Indian journal of veterinary science and animal husbandry - Volume 11,
Year: 1941
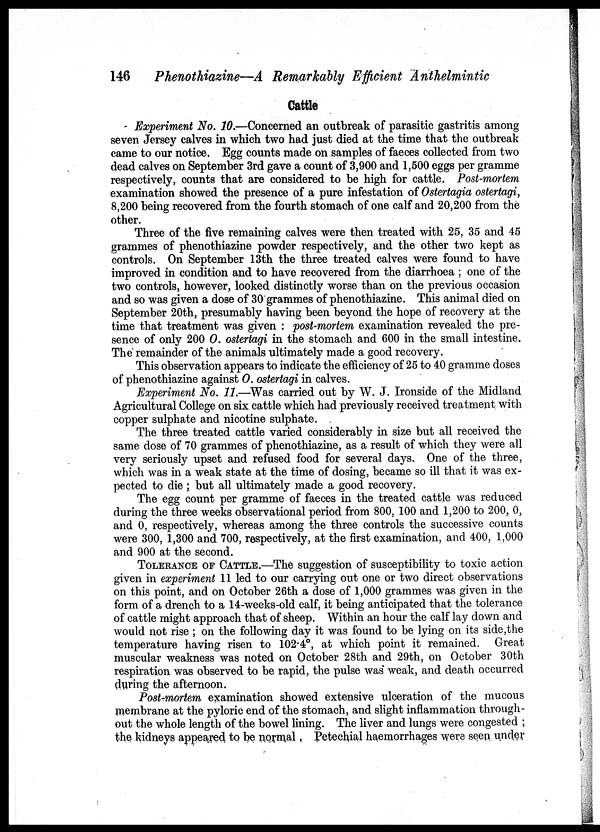
146 Phenothiazine—A Remarkably Efficient Anthelmintic
Cattle
Experiment No. 10.—Concerned an outbreak of parasitic gastritis among
seven Jersey calves in which two had just died at the time that the outbreak
came to our notice. Egg counts made on samples of faeces collected from two
dead calves on September 3rd gave a count of 3,900 and 1,500 eggs per gramme
respectively, counts that are considered to be high for cattle. Post-mortem
examination showed the presence of a pure infestation of Ostertagia ostertagi,
8,200 being recovered from the fourth stomach of one calf and 20,200 from the
other.
Three of the five remaining calves were then treated with 25, 35 and 45
grammes of phenothiazine powder respectively, and the other two kept as
controls. On September 13th the three treated calves were found to have
improved in condition and to have recovered from the diarrhoea ; one of the
two controls, however, looked distinctly worse than on the previous occasion
and so was given a dose of 30 grammes of phenothiazine. This animal died on
September 20th, presumably having been beyond the hope of recovery at the
time that treatment was given : post-mortem examination revealed the pre-
sence of only 200 O. ostertagi in the stomach and 600 in the small intestine.
The remainder of the animals ultimately made a good recovery.
This observation appears to indicate the efficiency of 25 to 40 gramme doses
of phenothiazine against O. ostertagi in calves.
Experiment No. 11.—Was carried out by W. J. Ironside of the Midland
Agricultural College on six cattle which had previously received treatment with
copper sulphate and nicotine sulphate.
The three treated cattle varied considerably in size but all received the
same dose of 70 grammes of phenothiazine, as a result of which they were all
very seriously upset and refused food for several days. One of the three,
which was in a weak state at the time of dosing, became so ill that it was ex-
pected to die ; but all ultimately made a good recovery.
The egg count per gramme of faeces in the treated cattle was reduced
during the three weeks observational period from 800, 100 and 1,200 to 200, 0,
and 0, respectively, whereas among the three controls the successive counts
were 300, 1,300 and 700, respectively, at the first examination, and 400, 1,000
and 900 at the second.
TOLERANCE OF CATTLE.—The suggestion of susceptibility to toxic action
given in experiment 11 led to our carrying out one or two direct observations
on this point, and on October 26th a dose of 1,000 grammes was given in the
form of a drench to a 14-weeks-old calf, it being anticipated that the tolerance
of cattle might approach that of sheep. Within an hour the calf lay down and
would not rise ; on the following day it was found to be lying on its side,the
temperature having risen to 102.4°, at which point it remained. Great
muscular weakness was noted on October 28th and 29th, on October 30th
respiration was observed to be rapid, the pulse was weak, and death occurred
during the afternoon.
Post-mortem examination showed extensive ulceration of the mucous
membrane at the pyloric end of the stomach, and slight inflammation through-
out the whole length of the bowel lining. The liver and lungs were congested ;
the kidneys appeared to be normal, Petechial haemorrhages were seen under